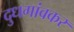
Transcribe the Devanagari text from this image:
दुधगांवकर